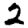
Digit: 2